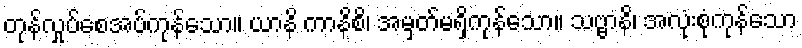
တုန်လှုပ်စေအပ်ကုန်သော။ ယာနိ ကာနိစိ၊ အမှတ်မရှိကုန်သော။ သဗ္ဗာနိ၊ အလုံးစုံကုန်သော